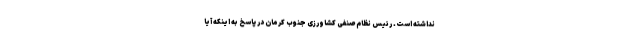
نداشته است. رئیس نظام صنفی کشاورزی جنوب کرمان در پاسخ به اینکه آیا